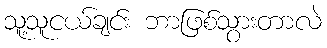
သူ့သူငယ်ချင်း ဘာဖြစ်သွားတာလဲ